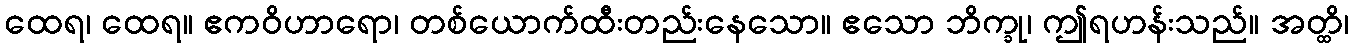
ထေရ၊ ထေရ။ ဧကဝိဟာရော၊ တစ်ယောက်ထီးတည်းနေသော။ ဧသော ဘိက္ခု၊ ဤရဟန်းသည်။ အတ္ထိ၊